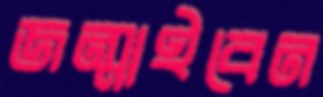
জন্মাইবেন